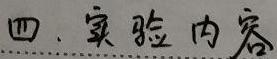
四、实验内容